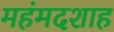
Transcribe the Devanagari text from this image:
महंमदशाह